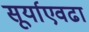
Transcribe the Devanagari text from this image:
सूर्याएवढा